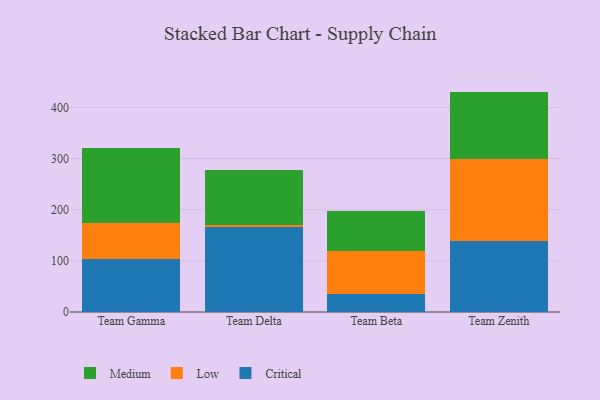
{"axis": {"x": "Team", "y": "Bounce Rate (%)"}, "legend": ["Critical", "Low", "Medium"], "data": [{"x": "Team Gamma", "y": 103.3, "type": "Critical"}, {"x": "Team Gamma", "y": 70.1, "type": "Low"}, {"x": "Team Gamma", "y": 147.9, "type": "Medium"}, {"x": "Team Delta", "y": 165.3, "type": "Critical"}, {"x": "Team Delta", "y": 5.3, "type": "Low"}, {"x": "Team Delta", "y": 106.8, "type": "Medium"}, {"x": "Team Beta", "y": 35.4, "type": "Critical"}, {"x": "Team Beta", "y": 83.3, "type": "Low"}, {"x": "Team Beta", "y": 78.2, "type": "Medium"}, {"x": "Team Zenith", "y": 139.6, "type": "Critical"}, {"x": "Team Zenith", "y": 160.2, "type": "Low"}, {"x": "Team Zenith", "y": 131.2, "type": "Medium"}]}